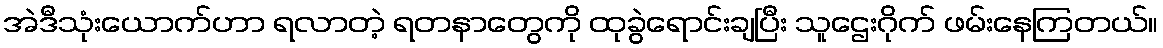
အဲဒီသုံးယောက်ဟာ ရလာတဲ့ ရတနာတွေကို ထုခွဲရောင်းချပြီး သူဌေးဂိုက် ဖမ်းနေကြတယ်။